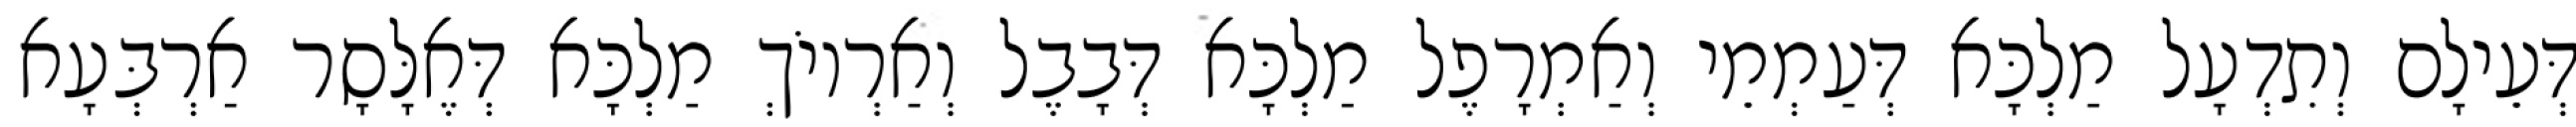
דְּעֵילָם וְתִדְעָל מַלְכָּא דְּעַמְמֵי וְאַמְרָפֶל מַלְכָּא דְּבָבֶל וְאַרְיוֹךְ מַלְכָּא דְּאֶלָּסָר אַרְבְּעָא